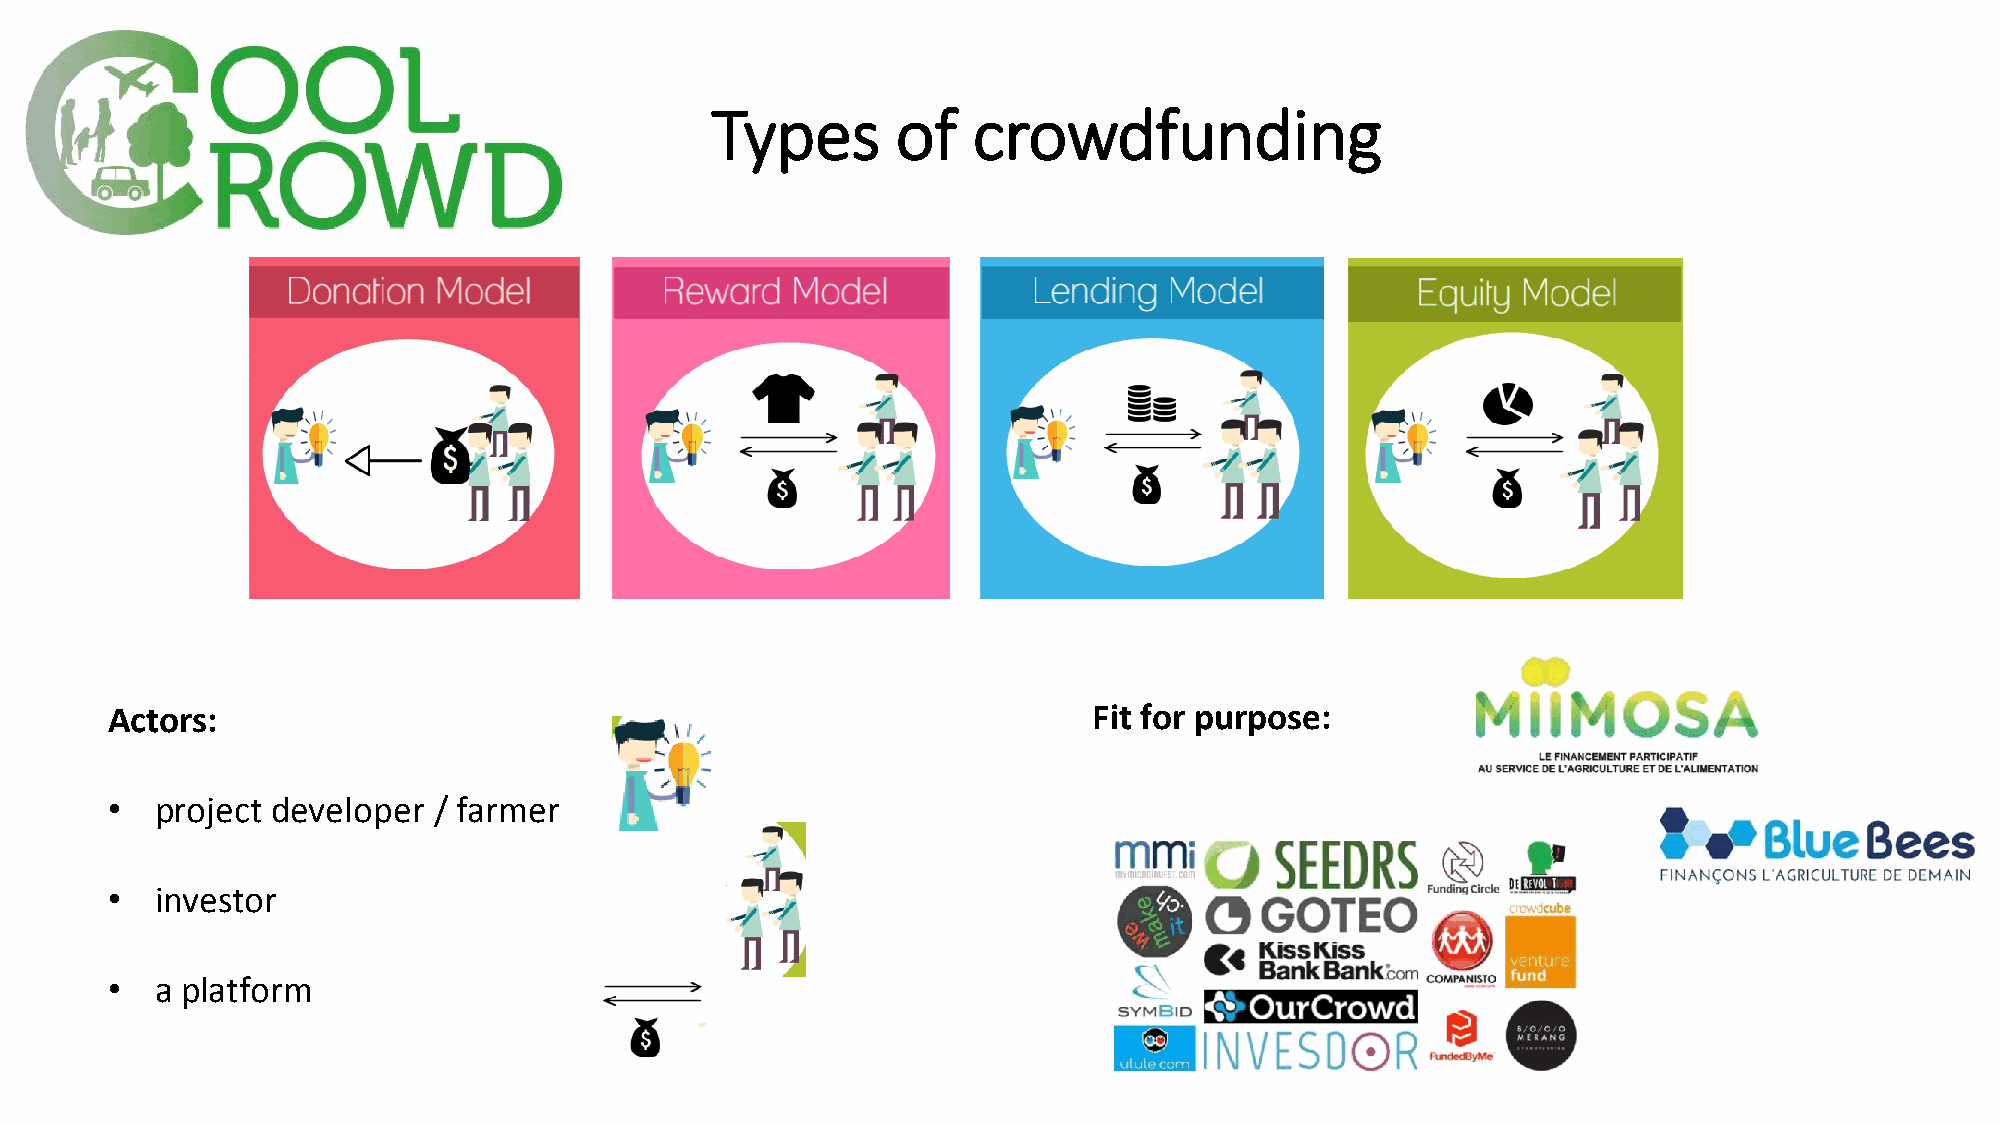
Types       of   crowdfunding
 Actors:                                                          Fit for purpose:
 •  project developer  / farmer
 •  investor
 •  a platform